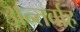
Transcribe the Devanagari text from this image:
अन्‍तर्वाह